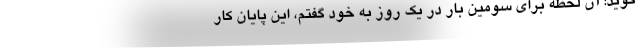
‌گوید: آن لحظه برای سومین بار در یک روز به خود گفتم، این پایان کار